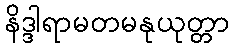
နိဒ္ဒါရာမတမနုယုတ္တာ